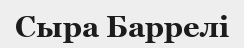
Cыра Баррелі